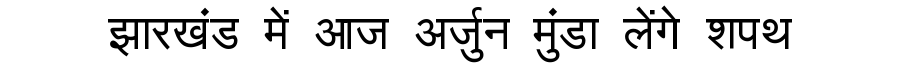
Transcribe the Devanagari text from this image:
झारखंड में आज अर्जुन मुंडा लेंगे शपथ